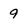
Character: 9